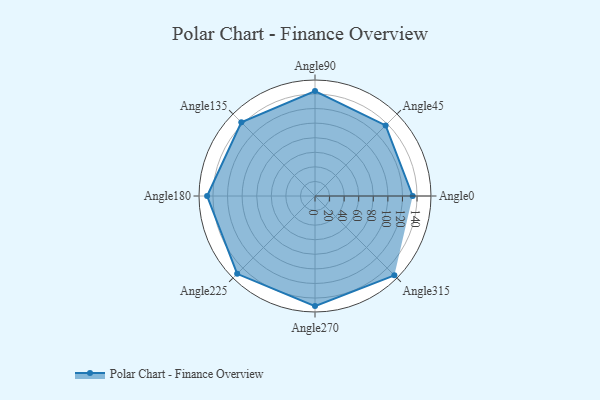
{"axis": {"x": "Angle", "y": "Radius"}, "legend": [""], "data": [{"x": "Angle0", "y": 134.0, "type": ""}, {"x": "Angle45", "y": 137.0, "type": ""}, {"x": "Angle90", "y": 144.0, "type": ""}, {"x": "Angle135", "y": 143.0, "type": ""}, {"x": "Angle180", "y": 148.0, "type": ""}, {"x": "Angle225", "y": 151.0, "type": ""}, {"x": "Angle270", "y": 151.0, "type": ""}, {"x": "Angle315", "y": 154.0, "type": ""}]}